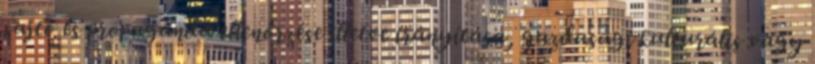
sajtó és propaganda ellenőrzése illetve irányítása, gazdasági kulturális vagy